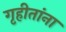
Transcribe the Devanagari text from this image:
गृहीतांना